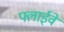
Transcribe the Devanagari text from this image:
फ्लाईवे